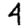
Digit: 4